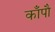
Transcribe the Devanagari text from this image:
काँपौ